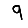
Digit: 9